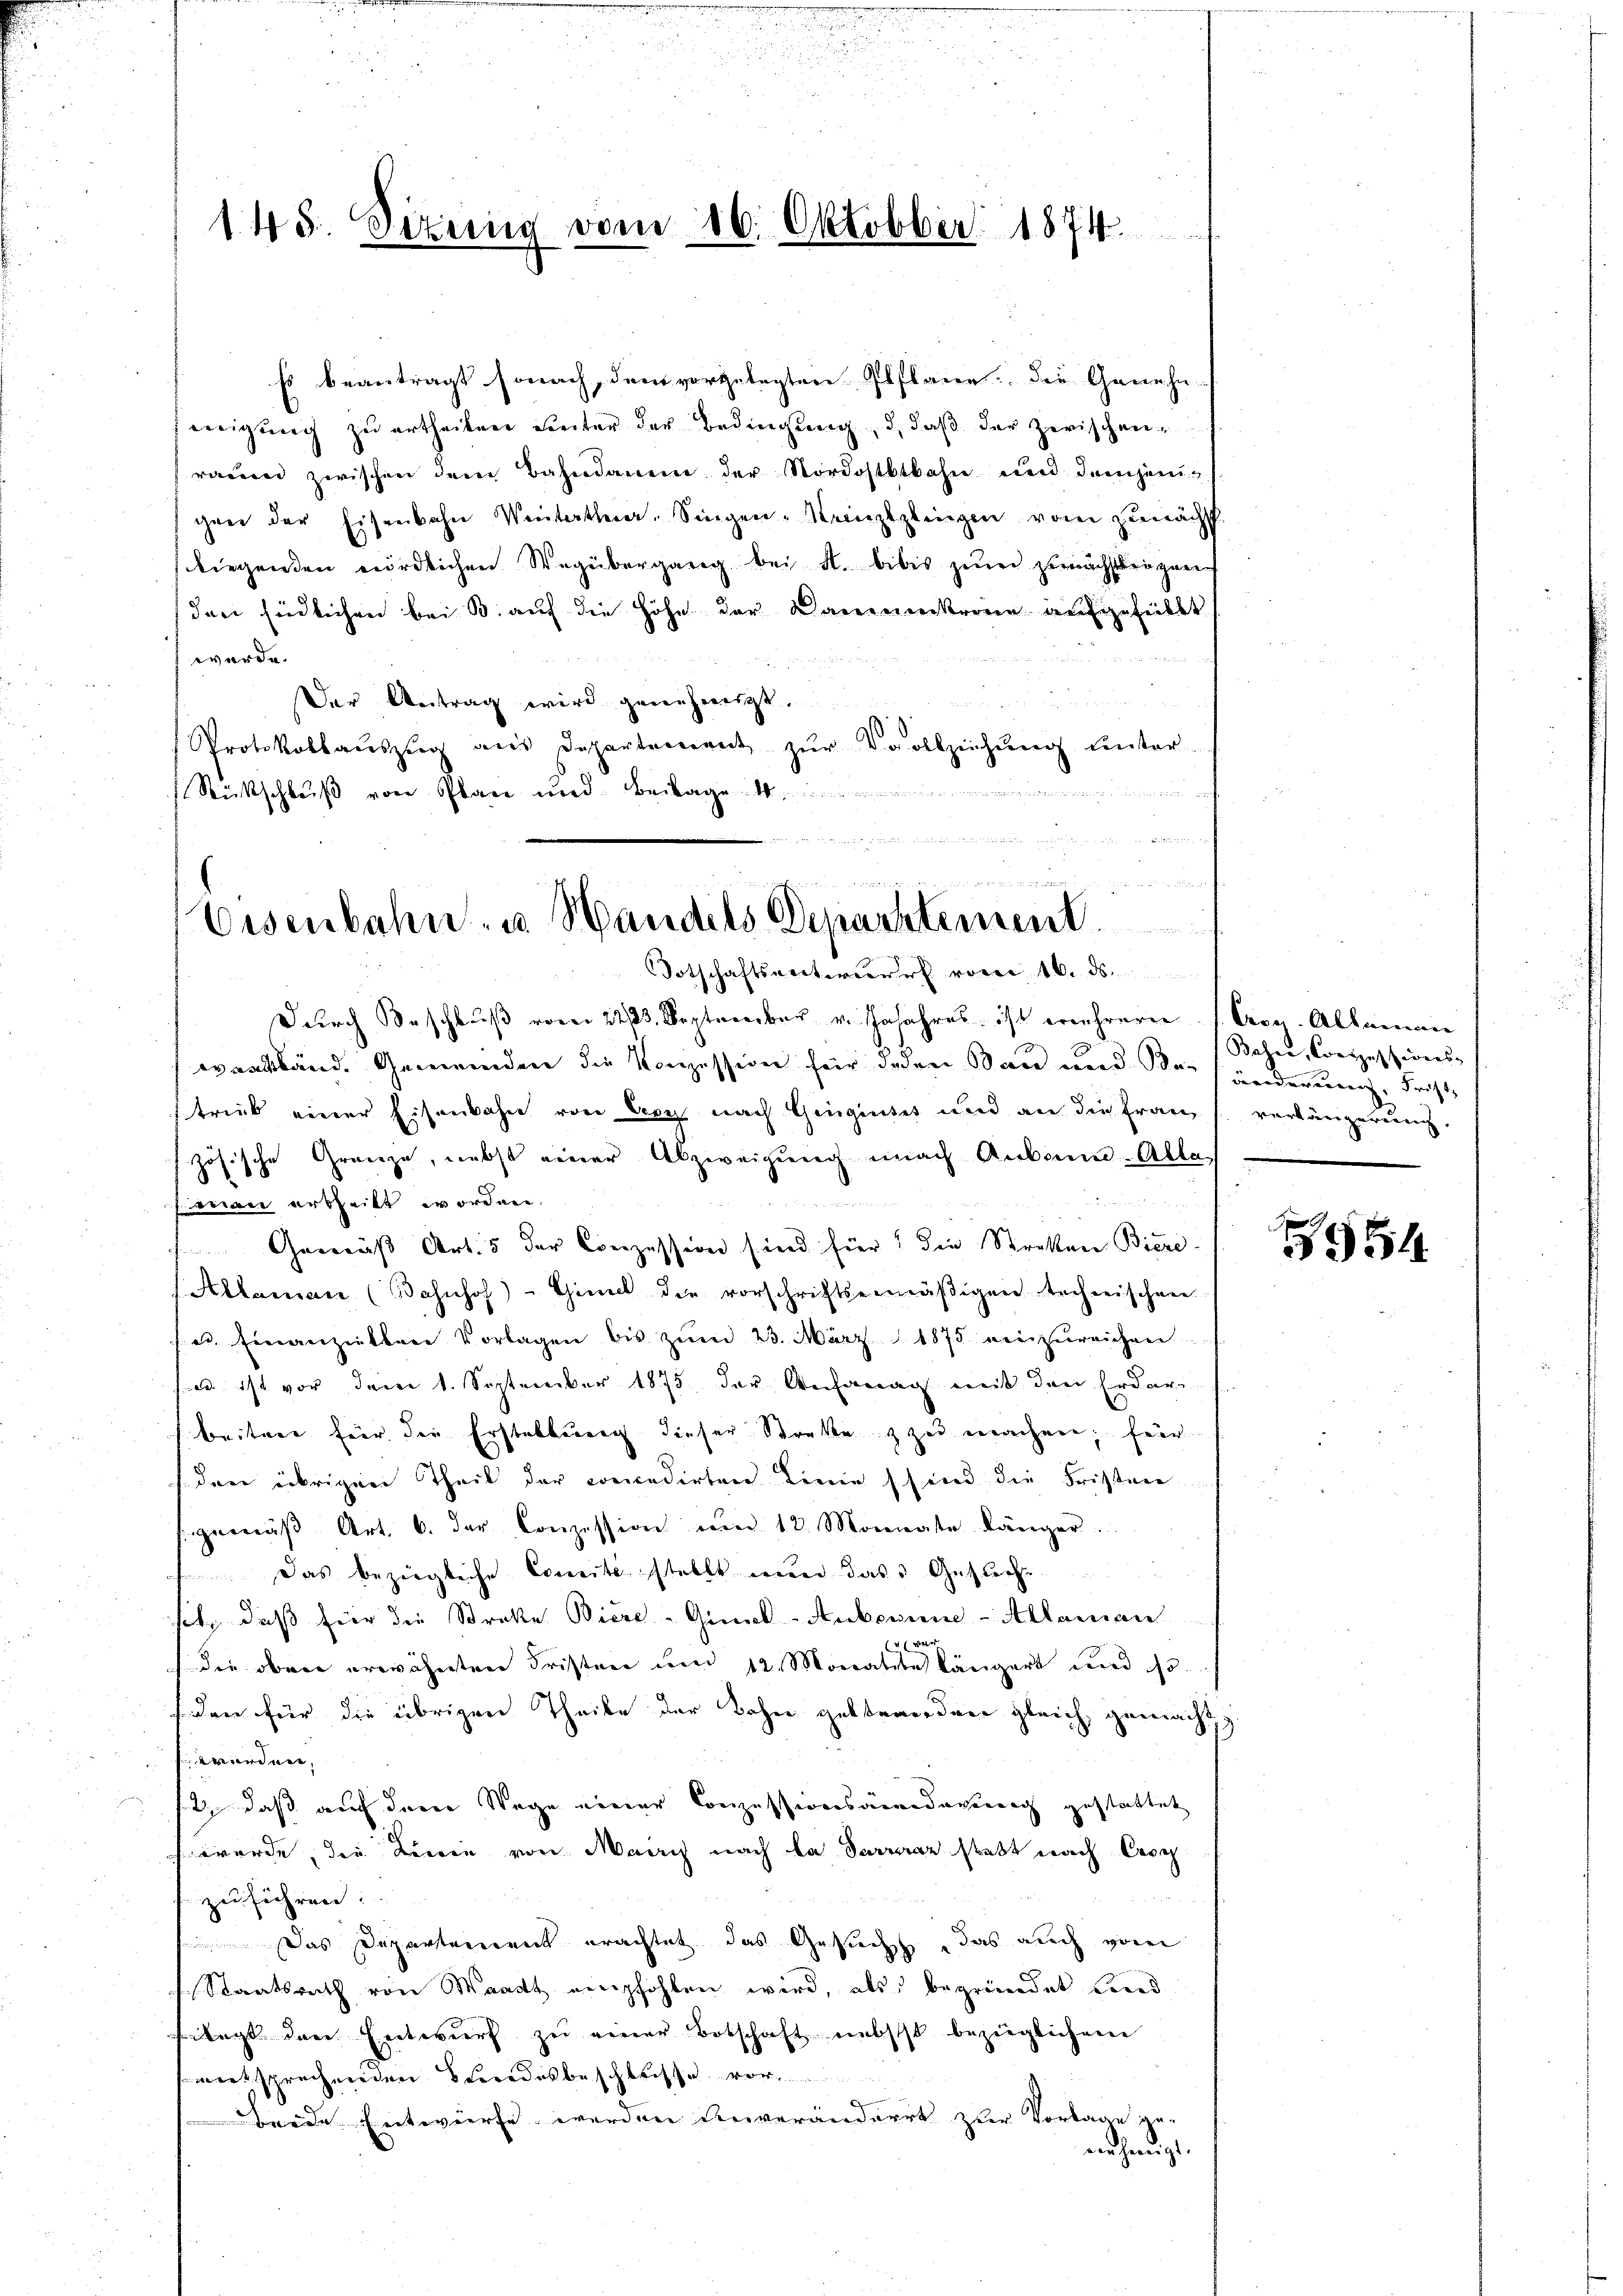
145. Situng vom 16. Oktobber 1874.

ss beantragt sonach, dem vorgelegten Pflane die Genehm
eneigung zu ertheilen Seiter der Bedingung, d, daß der zwischenraum zwischen dem Bahndamm der Nordostbahn und demjenigene der Eisenbahn Winterthen. Singen-Kreuztzlingen vom zunächst
liegenden nördlichen Wegübergang bei M. bibes zum zunächsteigen
den südlichen bei B. auf die Höhe der Dauernkrone aufgefüllt
wurde.
Der Antrag wird genehmigt.
Protokollaŭszŭg aŭs Departement zŭr Vollziehŭng ŭnter-
Rückschluß von Plan und Beilage
12

x
Eisenbahn u. Handels Departement.
Totschaftsverterwurf vorei 16. ds.

Durch Beschluß vom 22./23. September v. Jajahres ist erwehreren (Cog. Alleman
waadtländ. Gemeinden die Konzession für jeden Bau und Veränderung, Frist
strieb einer Eisenbahn von Cry nach Gingintet und an die Frau, verlängerung.
zösische Gränze, nebst einer Abzweigung nach Anbaun-Alle
wein urtheilt worden.
Gemäß Art. 5 der Conzession sind für die Streten Biere
Aklamar (Bahnhof)-Gimel die vorschriftsermäßigen techneischen.
se. Einanziellen Vorlagen bis zŭm 23. März 1875 einzureichen
ed ist vor dem 1. September 1875 der Anfang mit den Erdarbeitere für der Erstattung dieser Straße zu machen; fer
den übrigen Theil der concedirten Linie sind die Fristere
sgemäß Art. 6. der Conzession um 12. Monnate länger.
 Das bezügliche Comitestellt nun das Gesuchset, daß für die Streke Biere - Ginal-Aubonne - Alleman
wer
(die ober erwähnten Fristen um 12. Monatete längert und so
siden für die übrigen Theile der Bohne gebtenordnen gleich, gemacht z
erordnen,
st, daß auch dem Wage einer Conzessionsänderung gestattet
werde, die Tieren von Mairis nach da daran statt nach Ces
zu führen:
Das Departement erachtet das Gesuchs, das auch vom
Staatsrath von Waadt empfohlen wird, als begründet Land
lagt dere Entwurf zu einer Botschaft nebst bezüglichem
entsprechenden Bundesbeschlusse vor
beide Entwürfe werden Unveränderet zur Vorlage ge-
nehmigt.

Bahre, Conzessiones

954